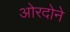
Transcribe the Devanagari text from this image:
ओरदोने